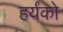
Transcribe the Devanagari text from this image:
हर्यंको